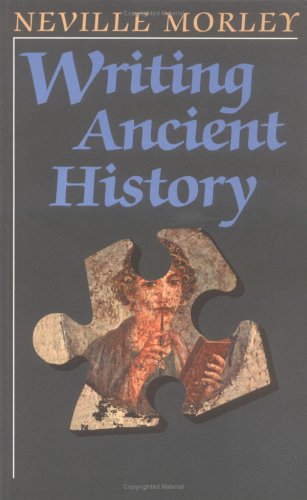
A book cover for Writing Ancient History; Neville Morley; History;